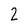
Character: 2